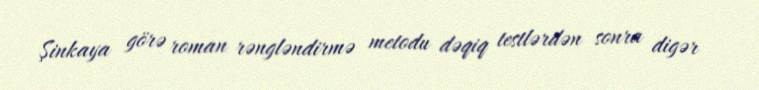
Şinkaya görə roman rəngləndirmə metodu dəqiq testlərdən sonra digər